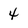
Character: 4